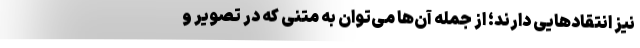
نیز انتقادهایی دارند؛ از جمله آن‌ها می‌توان به متنی که در تصویر و